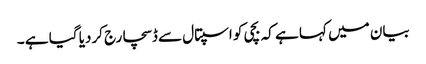
بیان میں کہا ہے کہ بچی کو اسپتال سے ڈسچارج کردیا گیا ہے ۔